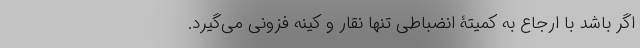
اگر باشد با ارجاع به کمیتۀ انضباطی تنها نقار و کینه فزونی می‌گیرد.